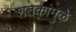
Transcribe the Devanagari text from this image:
शतकांमुळे